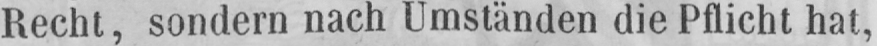
Recht, sondern nach Umständen die Pflicht hat,